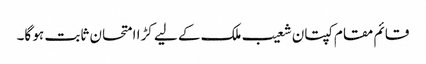
قائم مقام کپتان شعیب ملک کے لیے کڑا امتحان ثابت ہو گا۔